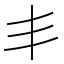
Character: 丯